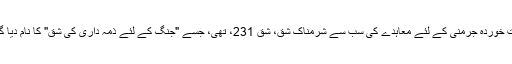
شکست خوردہ جرمنی کے لئے معاہدے کی سب سے شرمناک شق، شق 231، تھی، جسے "جنگ کے لئے ذمہ داری کی شق" کا نام دیا گيا تھا۔